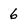
Character: 6